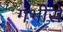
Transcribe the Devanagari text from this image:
गभीरो